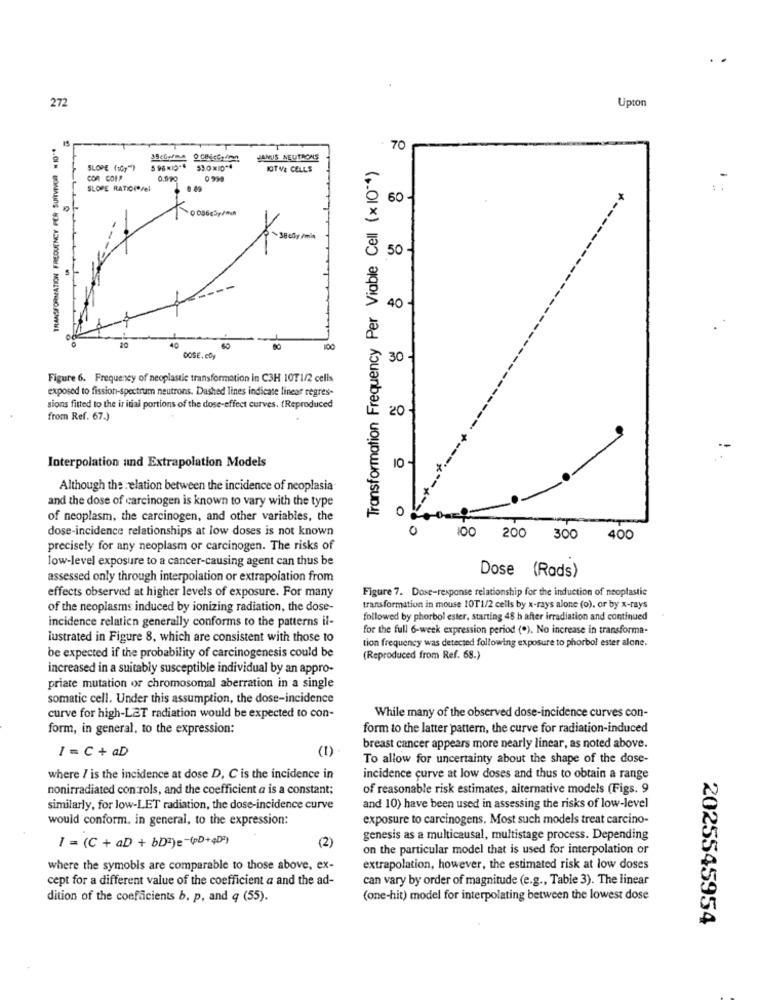
272
Upton
70
JANUS NEUTRONS
Transformation Frequency Per Viable Cell (x10 -* )
SLOPE (10y")
IOTV2 CELLS
COR CORP
0.970
SLOPE RATIOI*Vel
. 89
60 -
K.
0 08665y/mh
50 -
40
40
10
DOSE, eby
30
Figure 6. Frequency of neoplastic transformation in C3H 10T1/2 cells
exposed to fission-spectrum neutrons. Dashed lines indicate linear regres-
sions fitted to the ir itial portions of the dose-effect curves. (Reproduced
20
from Ref. 67.)
Interpolation und Extrapolation Models
10
Although the relation between the incidence of neoplasia
and the dose of carcinogen is known to vary with the type
0
of neoplasm. the carcinogen, and other variables, the
dose-incidence relationships at low doses is not known
0
100
200 300
400
precisely for any neoplasm or carcinogen. The risks of
low-level exposure to a cancer-causing agent can thus be
Dose (Rads)
assessed only through interpolation or extrapolation from
effects observed at higher levels of exposure. For many
Figure 7. Dose-response relationship for the induction of neoplastic
of the neoplasms induced by ionizing radiation, the dose-
transformation in mouse 10T1/2 cells by x-rays alone (o), or by x-rays
incidence relaticn generally conforms to the patterns il-
followed by phorbol ester, starting 48 h after irradiation and continued
for the full 6-week expression period ("). No increase in transforma-
lustrated in Figure 8, which are consistent with those to
tion frequency was detected following exposure to phorbol ester alone.
be expected if the probability of carcinogenesis could be
(Reproduced from Ref. 68.)
increased in a suitably susceptible individual by an appro-
priate mutation or chromosomal aberration in a single
somatic cell. Under this assumption, the dose-incidence
curve for high-LET radiation would be expected to con-
While many of the observed dose-incidence curves con-
form, in general, to the expression:
form to the latter pattern, the curve for radiation-induced
1 = C + aD
(1)
breast cancer appears more nearly linear, as noted above.
To allow for uncertainty about the shape of the dose-
where / is the incidence at dose D, C is the incidence in
incidence curve at low doses and thus to obtain a range
nonirradiated con rols, and the coefficient a is a constant;
of reasonable risk estimates, alternative models (Figs. 9
similarly, for low-LET radiation, the dose-incidence curve
and 10) have been used in assessing the risks of low-level
would conform. in general, to the expression:
exposure to carcinogens. Most such models treat carcino-
1 = (C + D + bD2)e-(+D++D)
(2)
genesis as a multicausal, multistage process. Depending
on the particular model that is used for interpolation or
where the symobis are comparable to those above, ex-
extrapolation, however, the estimated risk at low doses
cept for a different value of the coefficient a and the ad-
can vary by order of magnitude (e.g ., Table 3). The linear
dition of the coefficients b. p, and q (55).
(one-hit) model for interpolating between the lowest dose
2025545954